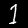
Label: 1